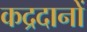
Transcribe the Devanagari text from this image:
कद्रदानों